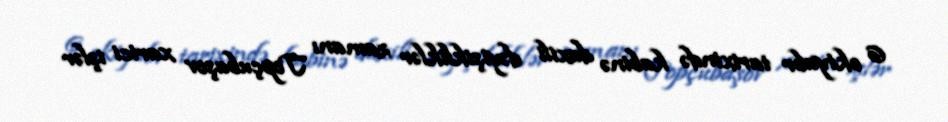
6 oktyabr tarixində kabinə daxili dəyişikliklər zamanı Topçubaşov xarici işlər